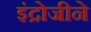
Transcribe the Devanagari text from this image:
इंद्रोजीने